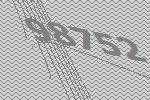
98752